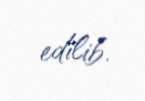
edilib.